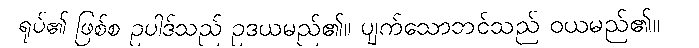
ရုပ်၏ ဖြစ်စ ဥပါဒ်သည် ဥဒယမည်၏။ ပျက်သောဘင်သည် ဝယမည်၏။